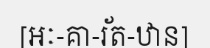
[អៈ-គា-រ័ត-ឋាន]